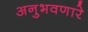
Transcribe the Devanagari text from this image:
अनुभवणारे